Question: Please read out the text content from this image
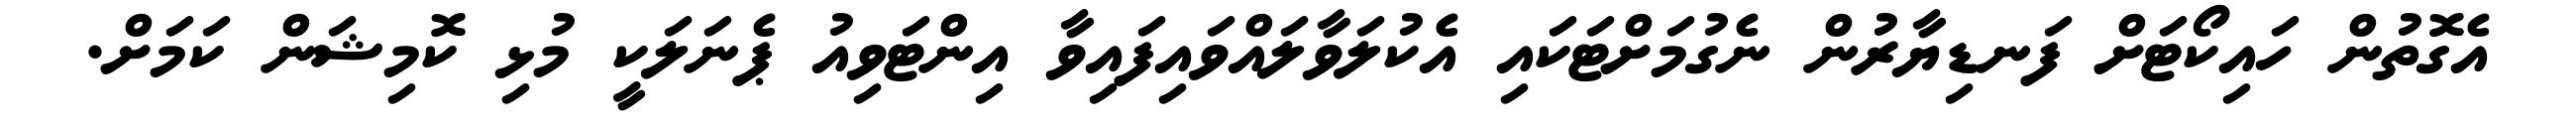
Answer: އެގޮތުން ހައިކޯޓަށް ފަނޑިޔާރުން ނެގުމަށްޓަކައި އެކުލަވާލައްވައިފައިވާ އިންޓަވިއު ޕެނަލަކީ މުޅި ކޮމިޝަން ކަމަށް.